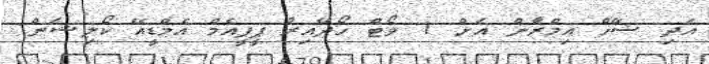
އަދި ޝޭޚް އިމްރާން އަށް 1 ވޯޓް ހޯދޭއިރު ޕީޕީއެމް އެމްޑީއޭ ކޯލިޝަން